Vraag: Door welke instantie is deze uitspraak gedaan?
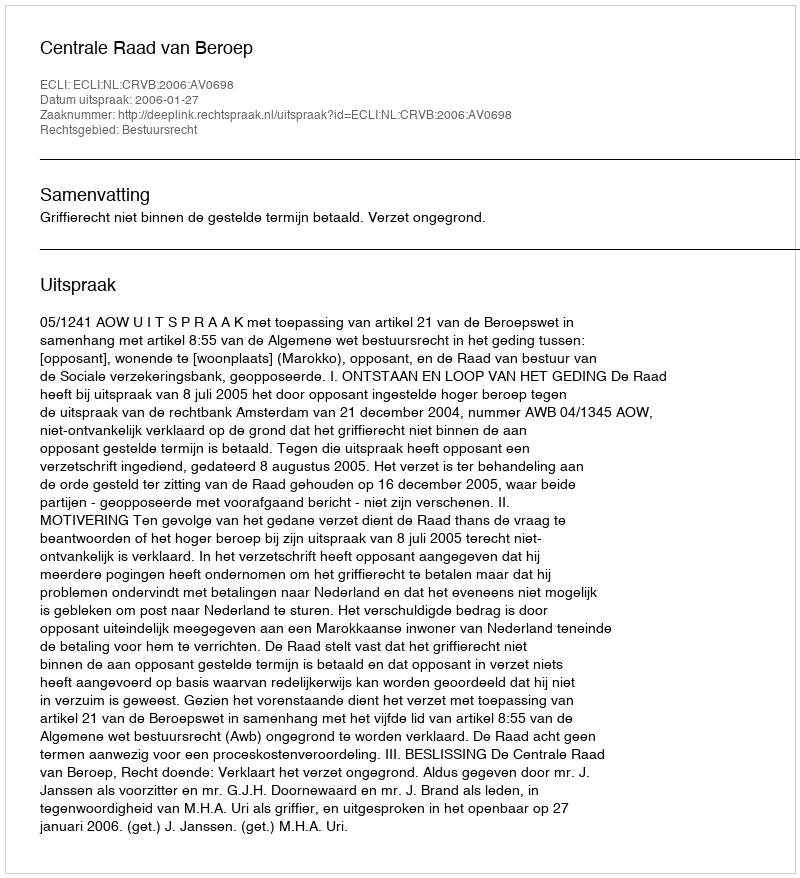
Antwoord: Centrale Raad van Beroep